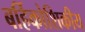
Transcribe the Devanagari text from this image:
बर्हिकोशिकीय